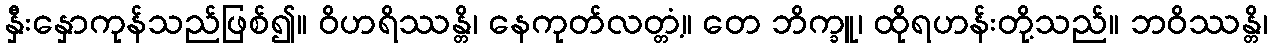
နှီးနှောကုန်သည်ဖြစ်၍။ ဝိဟရိဿန္တိ၊ နေကုတ်လတ္တံ့။ တေ ဘိက္ခူ၊ ထိုရဟန်းတို့သည်။ ဘဝိဿန္တိ၊